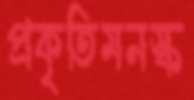
প্রকৃতিমনস্ক